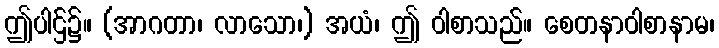
ဤပါဌ်၌။ (အာဂတာ၊ လာသော၊) အယံ၊ ဤ ဝါစာသည်။ စေတနာဝါစာနာမ၊